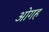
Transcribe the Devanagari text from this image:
ओगह